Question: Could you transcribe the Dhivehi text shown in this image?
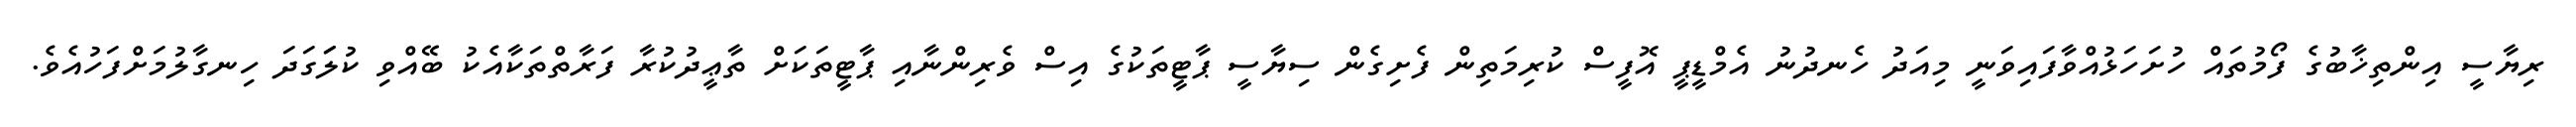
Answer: ރިޔާސީ އިންތިޚާބުގެ ފޯމުތައް ހުށަހަޅުއްވާފައިވަނީ މިއަދު ހެނދުނު އެމްޑީޕީ އޮފީސް ކުރިމަތިން ފެށިގެން ސިޔާސީ ޕާޓީތަކުގެ އިސް ވެރިންނާއި ޕާޓީތަކަށް ތާޢީދުކުރާ ފަރާތްތަކާއެކު ބޭއްވި ކުލަަގަދަ ހިނގާލުމަށްފަހުއެވެ.